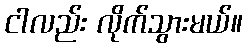
ငါလည်း လိုက်သွားမယ်။